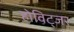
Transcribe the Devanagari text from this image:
होविट्जर